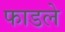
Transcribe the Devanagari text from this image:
फाडले